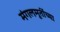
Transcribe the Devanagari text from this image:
मंगलमूर्तीच्या